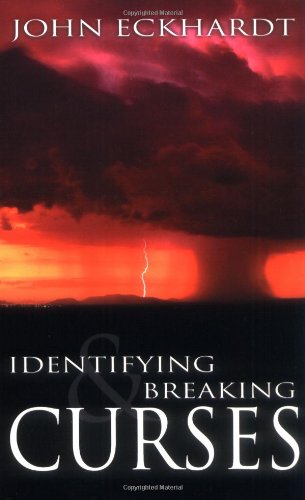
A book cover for Identifying And Breaking Curses; ECKHARDT JOHN; Christian Books & Bibles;